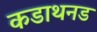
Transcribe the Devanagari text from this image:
कडाथनड